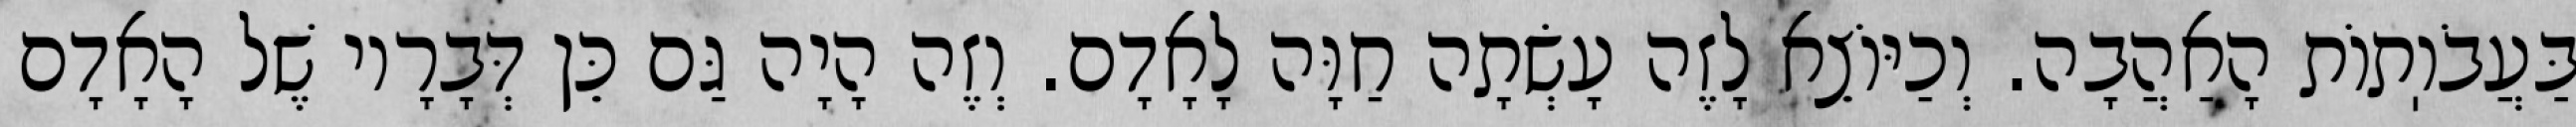
בַּעֲבֹוֽתוֹת הָאַהֲבָה. וְכַיּוֹצֵא לָזֶה עָשְׂתָה חַוָּה לָאָדָם. וְזֶה הָיָה גַּם כֵּן דְּבָרָיו שֶׁל הָאָדָם